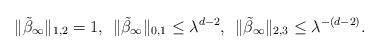
LaTeX: \begin{align*}\|\tilde\beta_\infty\|_{1,2} = 1, \;\, \|\tilde \beta_\infty\|_{0,1} \leq \lambda^{d-2}, \;\, \|\tilde\beta_\infty\|_{2,3} \leq \lambda^{-(d-2)}.\end{align*}